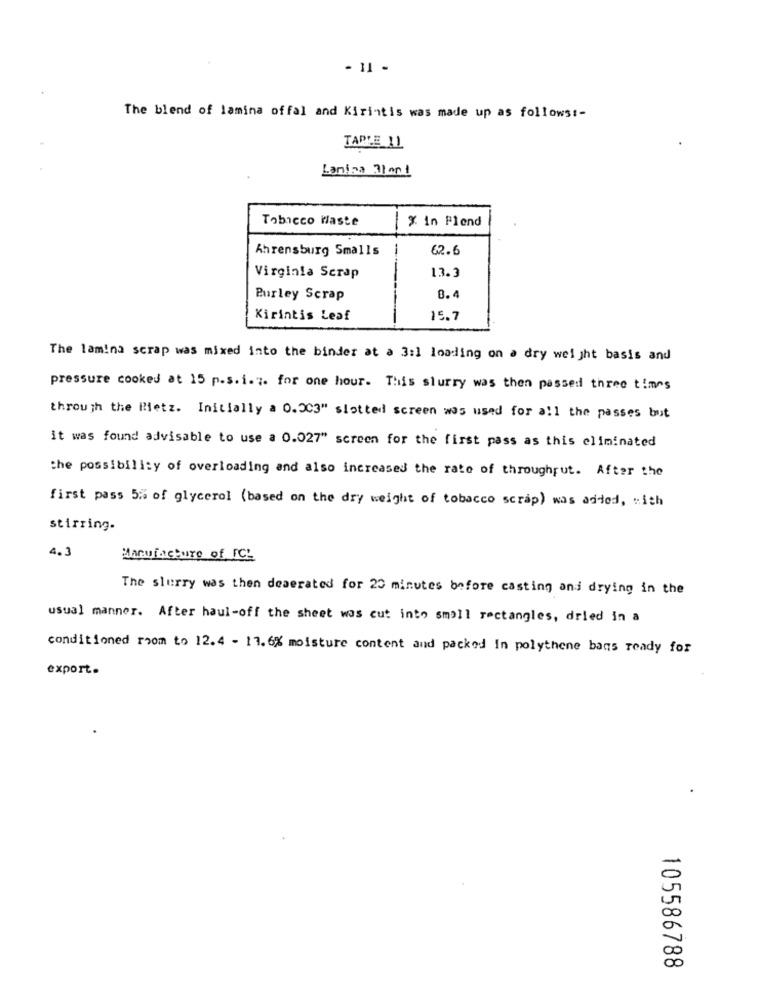
- 11 -
The blend of lamina offal and Kirintis was made up as follows :-
TARTE 11
Lanina 31 001
Tobacco Waste
% in Plend
Ahrensburg Smalls
-
62.6
Virginia Scrap
13.3
Purley Scrap
8.4
Kirintis Leaf
15.7
The lam!na scrap was mixed into the binder at a 3:1 loading on a dry weight basis and
pressure cooked at 15 p.s.i.". for one hour. This slurry was then passed three times
through the Rietz. Initially a 0.33" slotted screen was used for all the passes but
it was found advisable to use a 0.027" screen for the first pass as this eliminated
the possibility of overloading and also increased the rate of throughput. After the
first pass 5% of glycerol (based on the dry weight of tobacco scrap) was added, with
stirring-
4. 3
Manufacture of FC'
The slurry was then deaerated for 20 minutes before casting and drying in the
usual manner. After haul-off the sheet was cut into small rectangles, dried in a
conditioned room to 12.4 - 11.6% moisture content and packed In polythene bags ready for
export.
105586788